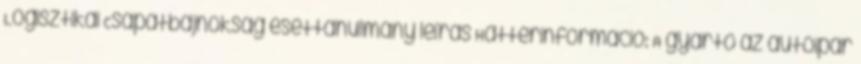
Logisztikai Csapatbajnokság esettanulmány leírás Háttérinformáció: A gyártó az autóipar